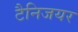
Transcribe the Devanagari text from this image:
टैनिजयर